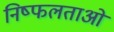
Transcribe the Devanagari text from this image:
निष्फलताओं